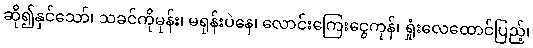
ဆို၍နှင်သော်၊ သခင်ကိုမုန်း၊ မရုန်းပဲနေ၊ လောင်းကြေးငွေကုန်၊ ရှုံးလေထောင်ပြည့်၊